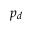
p _ { d }